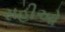
સહીઓ